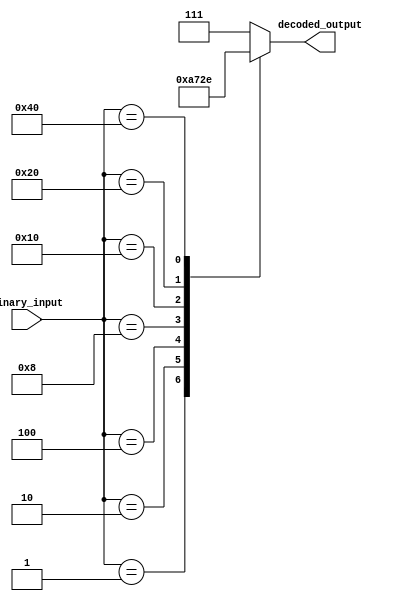
module OctalDecoder (
    input [7:0] binary_input,
    output reg [2:0] decoded_output
);

always @(*)
begin
    case(binary_input)
        8'b000_00001: decoded_output <= 3'b000;
        8'b000_00010: decoded_output <= 3'b001;
        8'b000_00100: decoded_output <= 3'b010;
        8'b000_01000: decoded_output <= 3'b011;
        8'b000_10000: decoded_output <= 3'b100;
        8'b001_00000: decoded_output <= 3'b101;
        8'b010_00000: decoded_output <= 3'b110;
        8'b100_00000: decoded_output <= 3'b111;
        default: decoded_output <= 3'b111; // default all output lines to logic '1'
    endcase
end

endmodule